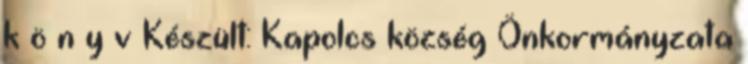
k ö n y v Készült: Kapolcs község Önkormányzata